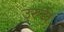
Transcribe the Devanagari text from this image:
उरुंडी